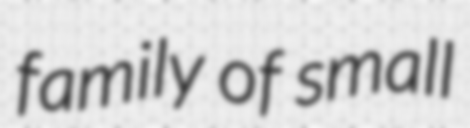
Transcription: family of small